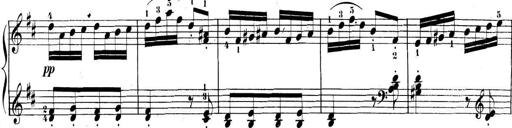
Title: 3 Sonatinen, Op.8
Composer: Isidor Wilhelm Seiss